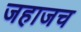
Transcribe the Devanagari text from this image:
जहाजच